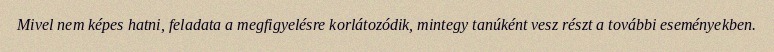
Mivel nem képes hatni, feladata a megfigyelésre korlátozódik, mintegy tanúként vesz részt a további eseményekben.